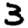
Digit: 3